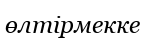
өлтірмекке